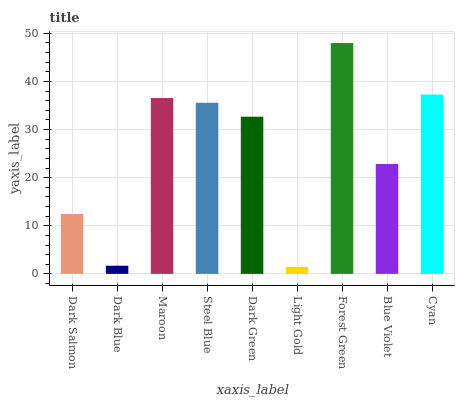
| xaxis_label | bars |
 | --- | --- |
 | Dark Salmon | 12.5 |
 | Dark Blue | 1.7 |
 | Maroon | 36.6 |
 | Steel Blue | 35.6 |
 | Dark Green | 32.7 |
 | Light Gold | 1.46 |
 | Forest Green | 48 |
 | Blue Violet | 22.8 |
 | Cyan | 37.3 |